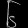
Digit: ၆